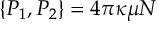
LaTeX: \{ P _ { 1 } , P _ { 2 } \} = 4 \pi \kappa \mu N